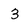
Character: 3